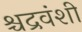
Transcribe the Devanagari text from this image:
श्चद्रवंशी